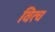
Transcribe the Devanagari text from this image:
वित्च